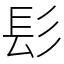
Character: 髟